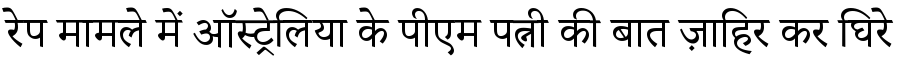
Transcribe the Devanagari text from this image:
रेप मामले में ऑस्ट्रेलिया के पीएम पत्नी की बात ज़ाहिर कर घिरे